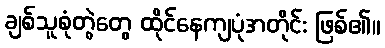
ချစ်သူစုံတွဲတွေ ထိုင်နေကျပုံအတိုင်း ဖြစ်၏။